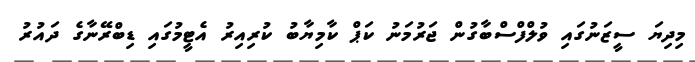
މިދިޔަ ސީޒަނުގައި ވުލްފްސްބާގުން ޖަރުމަނު ކަޕް ކާމިޔާބު ކުރިއިރު އެޓީމުގައި ޑިބްރޭނާގެ ދައުރު